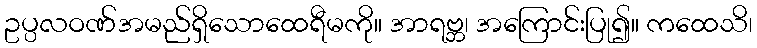
ဥပ္ပလဝဏ်အမည်ရှိသောထေရီမကို။ အာရဗ္ဘ၊ အကြောင်းပြု၍။ ကထေသိ၊